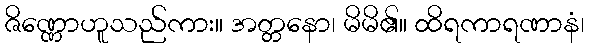
ဇိဏ္ဏောဟူသည်ကား။ အတ္တနော၊ မိမိ၏။ ထိရကာရဏာနံ၊